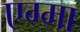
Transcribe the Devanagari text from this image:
एग्मा